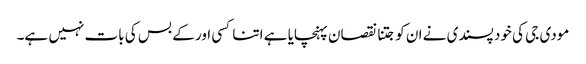
مودی جی کی خود پسندی نے ان کو جتنا نقصان پہنچایا ہے اتنا کسی اور کے بس کی بات نہیں ہے۔